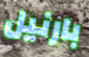
بارنيل